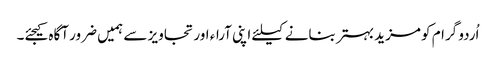
اُردو گرام کو مزید بہتر بنانے کیلئے اپنی آراء اور تجاویز سے ہمیں ضرور آگاہ کیجئے۔